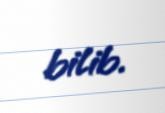
bilib.